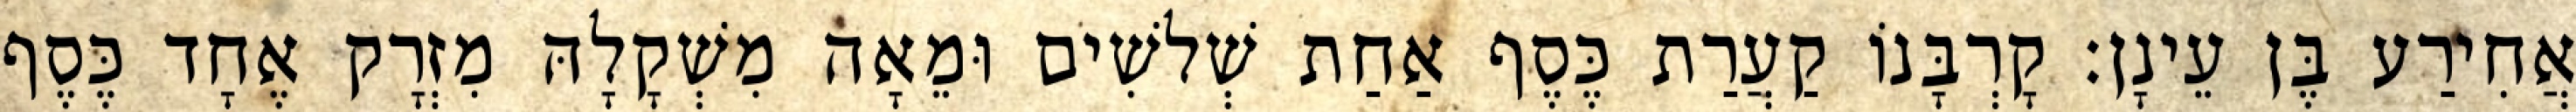
אֲחִירַע בֶּן עֵינָן׃ קָרְבָּנוֹ קַעֲרַת כֶּסֶף אַחַת שְׁלשִׁים וּמֵאָה מִשְׁקָלָהּ מִזְרָק אֶחָד כֶּסֶף